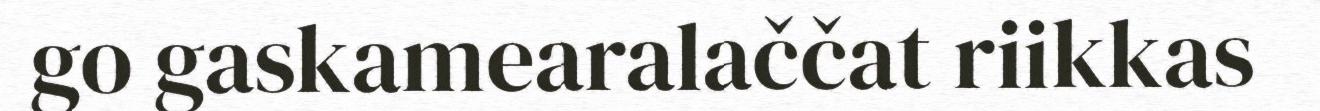
go gaskamearalaččat riikkas